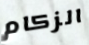
الزكام